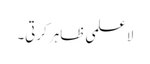
لا علمی ظاہر کرتی۔